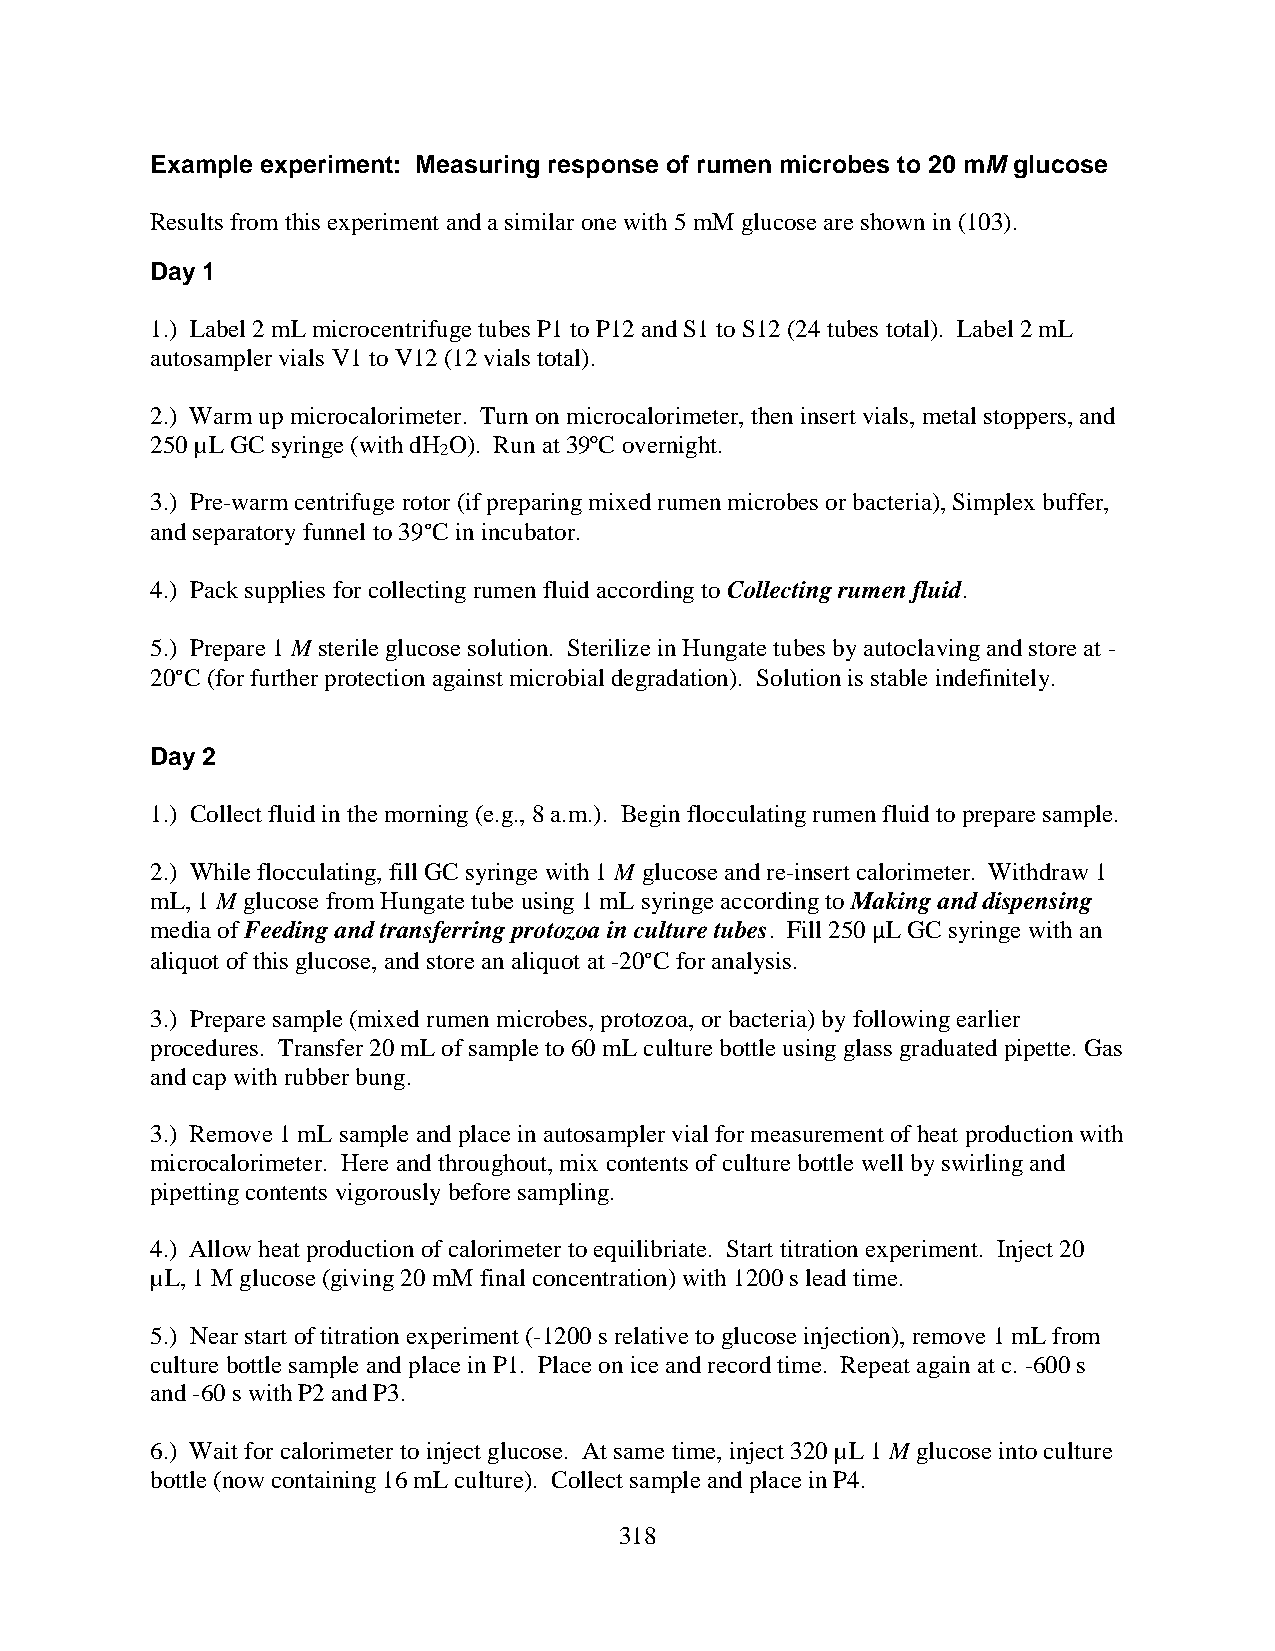
Example experiment: Measuring response of rumen microbes to 20 mM glucose
 Results from this experiment and a similar one with 5 mM glucose are shown in (103).
 Day 1
 1.) Label 2 mL microcentrifuge tubes P1 to P12 and S1 to S12 (24 tubes total). Label 2 mL
 autosampler vials V1 to V12 (12 vials total).
 2.) Warm up microcalorimeter. Turn on microcalorimeter, then insert vials, metal stoppers, and
 250 µL GC syringe (with dH O). Run at 39ºC overnight.
 2
 3.) Pre-warm centrifuge rotor (if preparing mixed rumen microbes or bacteria), Simplex buffer,
 and separatory funnel to 39°C in incubator.
 4.) Pack supplies for collecting rumen fluid according to Collecting rumen fluid.
 5.) Prepare 1 M sterile glucose solution. Sterilize in Hungate tubes by autoclaving and store at -
 20°C (for further protection against microbial degradation). Solution is stable indefinitely.
 Day 2
 1.) Collect fluid in the morning (e.g., 8 a.m.). Begin flocculating rumen fluid to prepare sample.
 2.) While flocculating, fill GC syringe with 1 M glucose and re-insert calorimeter. Withdraw 1
 mL, 1 M glucose from Hungate tube using 1 mL syringe according to Making and dispensing
 media of Feeding and transferring protozoa in culture tubes. Fill 250 μL GC syringe with an
 aliquot of this glucose, and store an aliquot at -20°C for analysis.
 3.) Prepare sample (mixed rumen microbes, protozoa, or bacteria) by following earlier
 procedures. Transfer 20 mL of sample to 60 mL culture bottle using glass graduated pipette. Gas
 and cap with rubber bung.
 3.) Remove 1 mL sample and place in autosampler vial for measurement of heat production with
 microcalorimeter. Here and throughout, mix contents of culture bottle well by swirling and
 pipetting contents vigorously before sampling.
 4.) Allow heat production of calorimeter to equilibriate. Start titration experiment. Inject 20
 µL, 1 M glucose (giving 20 mM final concentration) with 1200 s lead time.
 5.) Near start of titration experiment (-1200 s relative to glucose injection), remove 1 mL from
 culture bottle sample and place in P1. Place on ice and record time. Repeat again at c. -600 s
 and -60 s with P2 and P3.
 6.) Wait for calorimeter to inject glucose. At same time, inject 320 µL 1 M glucose into culture
 bottle (now containing 16 mL culture). Collect sample and place in P4.
 318